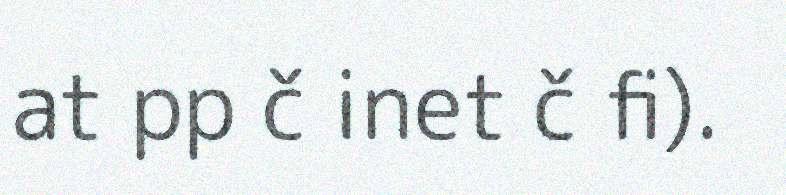
at pp č inet č fi).